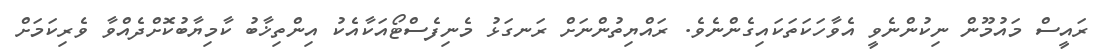
ރައީސް މައުމޫން ނިކުންނެވީ އެވާހަކަތަކައިގެންނެވެ. ރައްޔިތުންނަށް ރަނގަޅު މެނިފެސްޓޯއަކާއެކު އިންތިޚާބު ކާމިޔާބުކޮށްދެއްވާ ވެރިކަމަށް